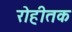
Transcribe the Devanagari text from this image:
रोहीतक